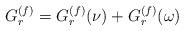
LaTeX: \begin{align*} G_r\sp{(f)}=G_r\sp{(f)}(\nu)+G_r\sp{(f)}(\omega)\end{align*}